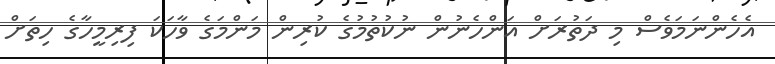
އެހެންނަމަވެސް މި ދަތުރަށް އަންހެނުން ނުކުތުމުގެ ކުރިން މަންމަގެ ވާހަކަ ފިރިމީހާގެ ހިތަށް